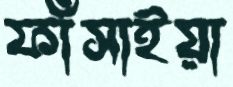
ফাঁসাইয়া